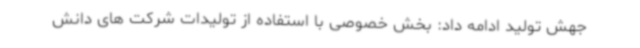
جهش تولید ادامه داد: بخش خصوصی با استفاده از تولیدات شرکت های دانش